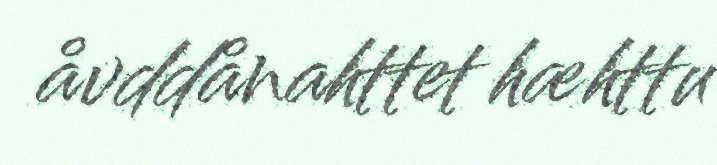
åvddånahttet hæhttu